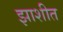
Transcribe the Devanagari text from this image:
झाशीत